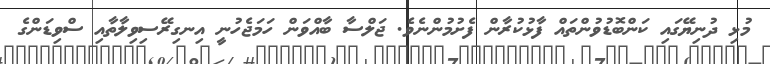
މުޅި ދުނިޔޭގައި ކަންބޮޑުވުންތައް ފާޅުކުރާން ފެށުމުންނެވެ. ޖަލްސާ ބާއްވަން ހަމަޖެހުނީ އިނގިރޭސިވިލާތާއި ސްވިޑަންގެ